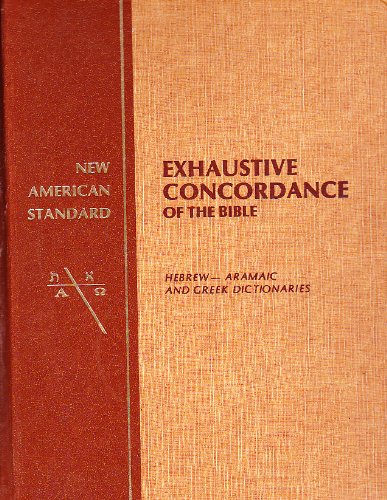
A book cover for New American Standard Exhaustive Concordance of the Bible/Hebrew-Aramaic and Greek Dictionaries; Robert L. Thomas; Christian Books & Bibles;